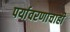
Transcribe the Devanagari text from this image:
पर्यावरणाचाही